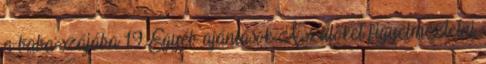
a baba szájába 19 Egyéb ajánlások A szülőket figyelmeztetni